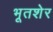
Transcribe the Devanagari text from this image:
भूतशेर